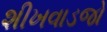
શીખવાડજો